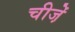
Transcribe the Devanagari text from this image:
चीजे़ं